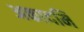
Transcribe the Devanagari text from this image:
अकादमि